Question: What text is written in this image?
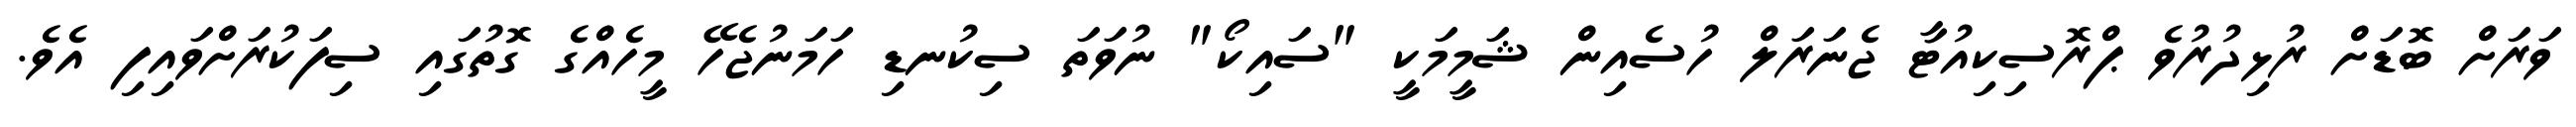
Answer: ވަރަށް ބޮޑަށް ރުޅިދުރުވެ ޕްރޮސިކިއުޓާ ޖެނަރަލް ހުސެއިން ޝަމީމަކީ "ސައިކޯ" ނުވަތަ ސިކުނޑި ހަމަނުޖެހޭ މީހެއްގެ ގޮތުގައި ސިފަކުރަށްވައިފި އެވެ.